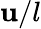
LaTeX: \mathbf{u}/l